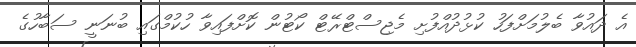
އެ ދައުވާ ބެލުމަށްފަހު ކުޅުދުއްފުށި މެޖިސްޓްރޭޓް ކޯޓުން ކޮށްފައިވާ ހުކުމްގައި ބުނަނީ ސަބާހުގެ